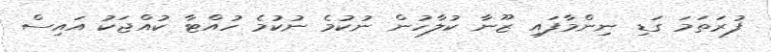
ފުރަތަމަ ގަޑި ނިންމާފައި ޒޫނާ ކުލާހުން ނުކުމެ ނުކުމެ ހުއްޓާ ކުއްޖަކު އައިސް